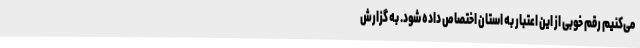
می‌کنیم رقم خوبی از این اعتبار به استان اختصاص داده شود. به گزارش